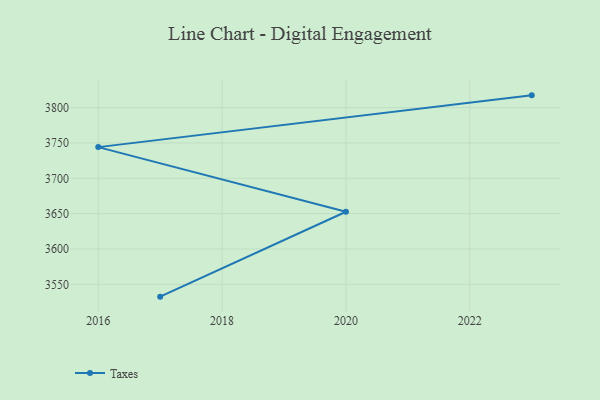
{"axis": {"x": "Year", "y": "Tickets Resolved"}, "legend": ["Taxes"], "data": [{"x": "2017", "y": 3532.7, "type": "Taxes"}, {"x": "2020", "y": 3652.7, "type": "Taxes"}, {"x": "2016", "y": 3744.1, "type": "Taxes"}, {"x": "2023", "y": 3817.3, "type": "Taxes"}]}